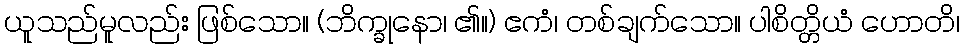
ယူသည်မူလည်း ဖြစ်သော။ (ဘိက္ခုနော၊ ၏။) ဧကံ၊ တစ်ချက်သော။ ပါစိတ္တိယံ ဟောတိ၊